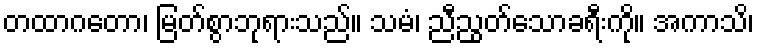
တထာဂတော၊ မြတ်စွာဘုရားသည်။ သမံ၊ ညီညွတ်သောခရီးကို။ အကာသိ၊